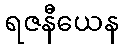
ရဇနီယေန